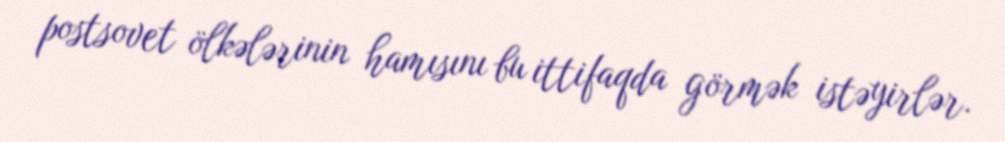
postsovet ölkələrinin hamısını bu ittifaqda görmək istəyirlər.